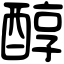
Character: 醇